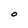
Character: O